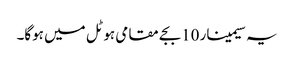
یہ سیمینار 10بجے مقامی ہوٹل میں ہوگا۔